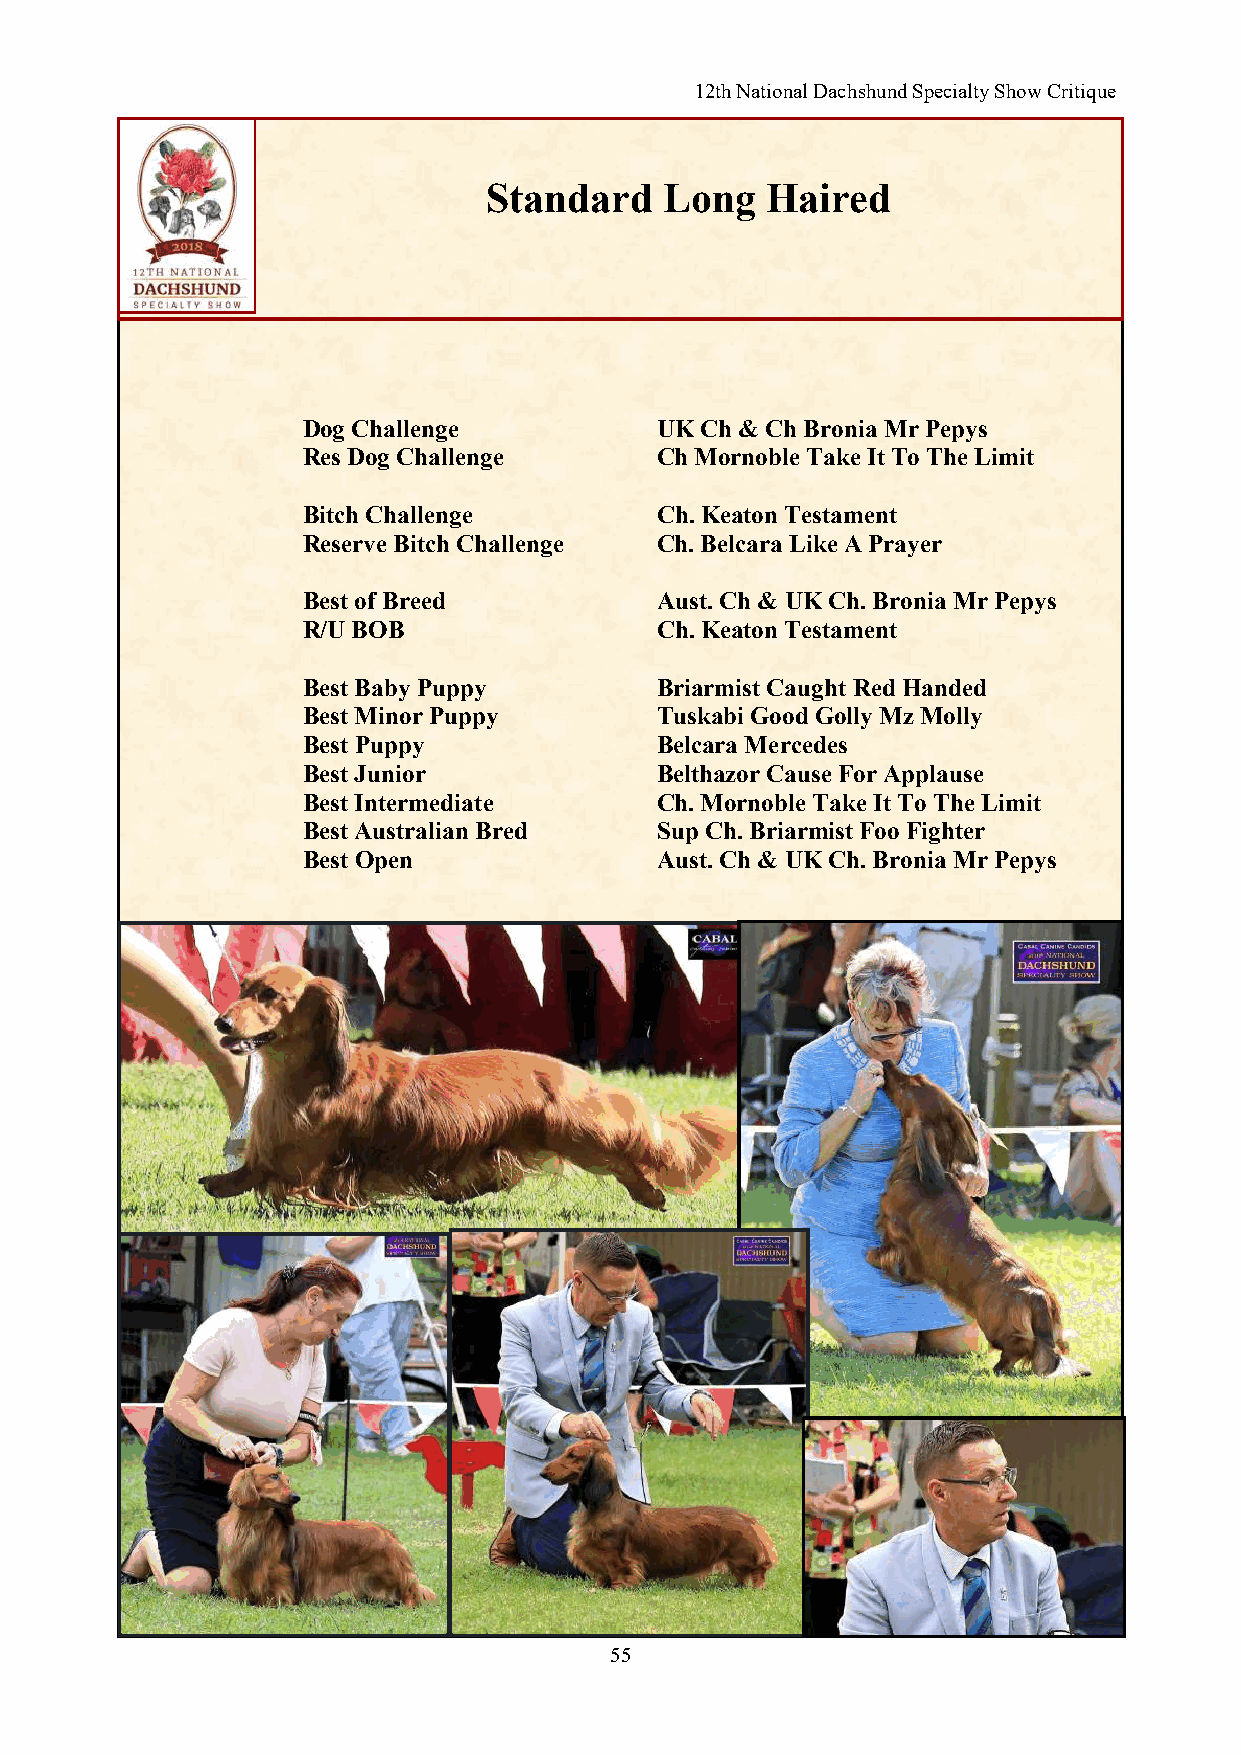
12th National Dachshund Specialty Show Critique
 Standard    Long   Haired
 Dog Challenge          UK Ch & Ch Bronia Mr Pepys
 Res Dog Challenge      Ch Mornoble Take It To The Limit
 Bitch Challenge        Ch. Keaton Testament
 Reserve Bitch Challenge Ch. Belcara Like A Prayer
 Best of Breed          Aust. Ch & UK Ch. Bronia Mr Pepys
 R/U BOB                Ch. Keaton Testament
 Best Baby Puppy        Briarmist Caught Red Handed
 Best Minor Puppy       Tuskabi Good Golly Mz Molly
 Best Puppy             Belcara Mercedes
 Best Junior            Belthazor Cause For Applause
 Best Intermediate      Ch. Mornoble Take It To The Limit
 Best Australian Bred   Sup Ch. Briarmist Foo Fighter
 Best Open              Aust. Ch & UK Ch. Bronia Mr Pepys
 55